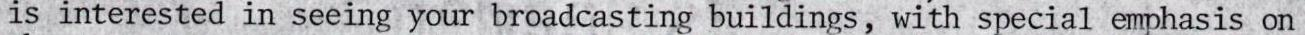
is interested in seeing your broadcasting buildings, with special emphasis on